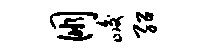
朋峻绍